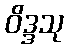
ဝိဒ္ဒသု